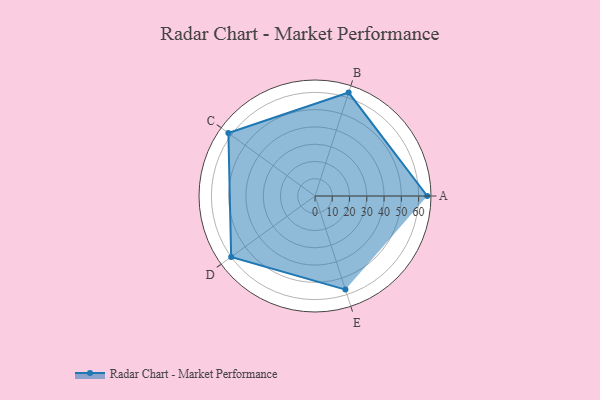
{"axis": {"x": "Skill", "y": "Score"}, "legend": ["Profile"], "data": [{"x": "A", "y": 65.0, "type": "Profile"}, {"x": "B", "y": 63.0, "type": "Profile"}, {"x": "C", "y": 62.0, "type": "Profile"}, {"x": "D", "y": 60.0, "type": "Profile"}, {"x": "E", "y": 57.0, "type": "Profile"}]}